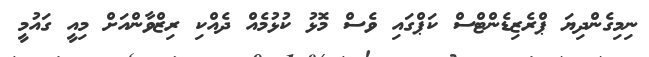
ނިމިގެންދިޔަ ޕްރެޒިޑެންޓްސް ކަޕްގައި ވެސް މޮޅު ކުޅުމެއް ދެއްކި ރިޒްވާންއަށް މިއީ ގައުމީ